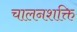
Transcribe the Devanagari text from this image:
चालनशक्ति